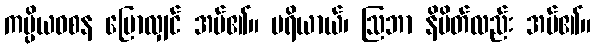
ကပ္ပိယဝစန ပြောလျှင် အပ်၏။ ပရိယာယ်၊ ဩဘာ နိမိတ်လည်း အပ်၏။